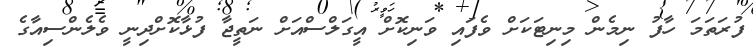
ފުރަތަމަ ހާފު ނިމެން މިނިޓަކަށް ވެފައި ވަނިކޮށް އީގަލްސްއަށް ނަތީޖާ ފުޅާކޮށްދިނީ ވެލެންސިއާގެ